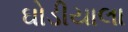
ઘોડીયાલા